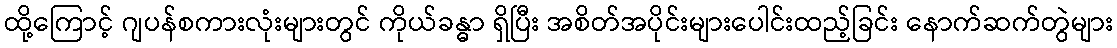
ထို့ကြောင့် ဂျပန်စကားလုံးများတွင် ကိုယ်ခန္ဓာ ရှိပြီး အစိတ်အပိုင်းများပေါင်းထည့်ခြင်း နောက်ဆက်တွဲများ